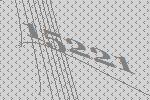
15221